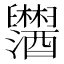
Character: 𬜂